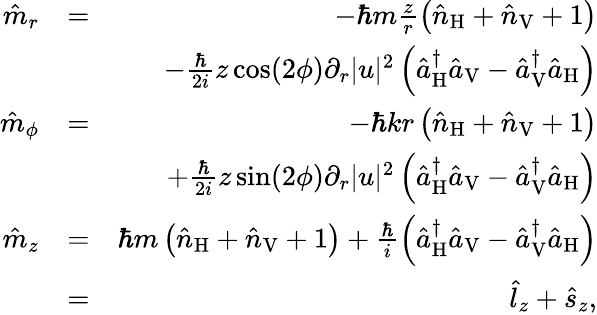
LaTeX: \begin{array}{rlr}{\hat{m}_{r}}&{=}&{-\hbar m\frac{z}{r}\left(\hat{n}_{\mathrm{H}}+\hat{n}_{\mathrm{V}}+1\right)}\\ &{}&{-\frac{\hbar}{2i}z\cos(2\phi)\partial_{r}|u|^{2}\left(\hat{a}_{\mathrm{H}}^{\dagger}\hat{a}_{\mathrm{V}}-\hat{a}_{\mathrm{V}}^{\dagger}\hat{a}_{\mathrm{H}}\right)}\\ {\hat{m}_{\phi}}&{=}&{-\hbar kr\left(\hat{n}_{\mathrm{H}}+\hat{n}_{\mathrm{V}}+1\right)}\\ &{}&{+\frac{\hbar}{2i}z\sin(2\phi)\partial_{r}|u|^{2}\left(\hat{a}_{\mathrm{H}}^{\dagger}\hat{a}_{\mathrm{V}}-\hat{a}_{\mathrm{V}}^{\dagger}\hat{a}_{\mathrm{H}}\right)}\\ {\hat{m}_{z}}&{=}&{\hbar m\left(\hat{n}_{\mathrm{H}}+\hat{n}_{\mathrm{V}}+1\right)+\frac{\hbar}{i}\left(\hat{a}_{\mathrm{H}}^{\dagger}\hat{a}_{\mathrm{V}}-\hat{a}_{\mathrm{V}}^{\dagger}\hat{a}_{\mathrm{H}}\right)}\\ &{=}&{\hat{l}_{z}+\hat{s}_{z},}\end{array}